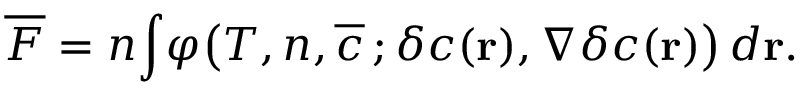
\begin{array} { l } { \displaystyle { \overline { { F } } = n \! \int \! \varphi \big ( T , n , \overline { { c } } \, ; \delta c ( { \bf r } ) , \nabla \delta c ( { \bf r } ) \big ) \, d { \bf r } . } } \end{array}